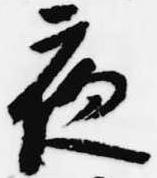
夜